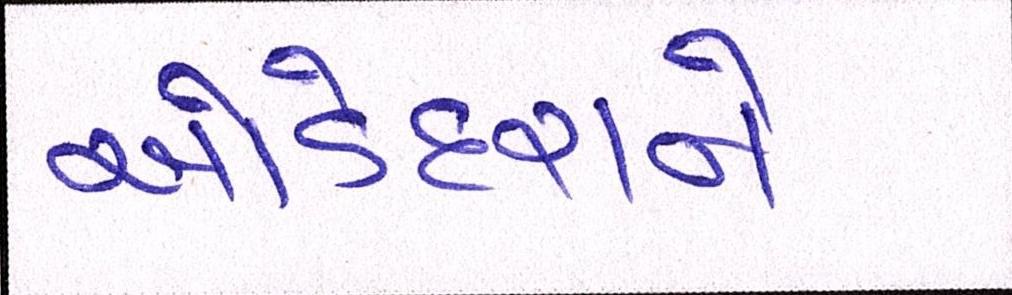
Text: ઓડેદરાને